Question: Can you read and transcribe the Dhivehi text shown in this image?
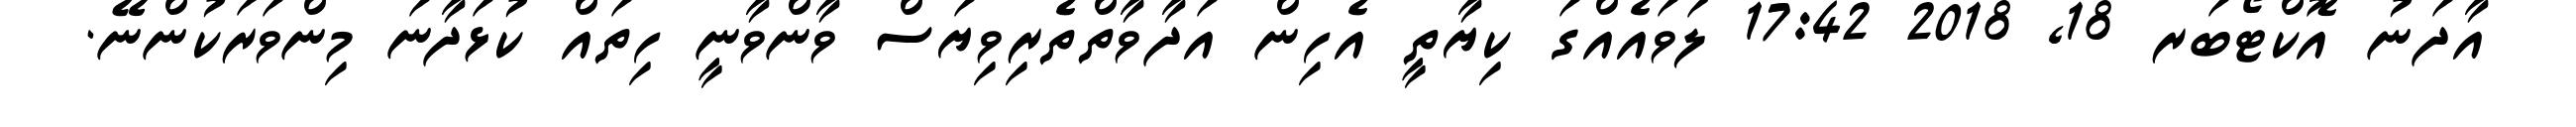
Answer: އާދަނު އޮކްޓޯބަރ 18, 2018 17:42 ލަވައެއްގަ ކިޔާތީ އެހިން އަދާވާތްތެރިވިޔަސް ވާންވާނީ ހިތައް ކުޅަދާނަ މިންވަރަކުންނޭ.